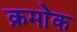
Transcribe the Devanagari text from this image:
क्रमा॓क